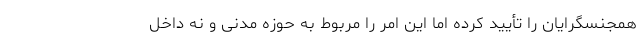
همجنسگرایان را تأیید کرده اما این امر را مربوط به حوزه مدنی و نه داخل